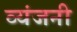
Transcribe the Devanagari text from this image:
व्यंजनी